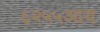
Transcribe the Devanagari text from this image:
६२५५आय